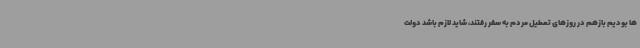
ها بودیم بازهم در روزهای تعطیل مردم به سفر رفتند، شاید لازم باشد دولت